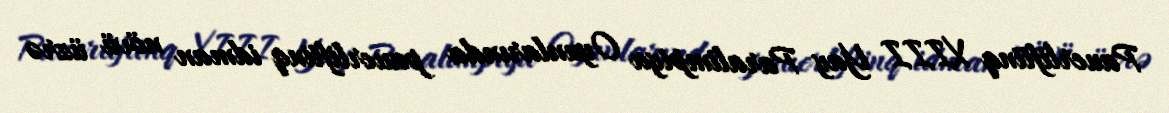
Pauerliftinq XIII Yay Paralimpiya Oyunlarında pauerliftinq idman növü üzrə